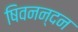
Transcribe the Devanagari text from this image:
षिवनन्दन